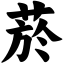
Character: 菸